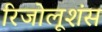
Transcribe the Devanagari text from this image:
रिजोलूशंस